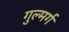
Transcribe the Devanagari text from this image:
गुल्मर्ग